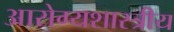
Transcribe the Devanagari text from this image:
आरोग्यशास्त्रीय